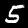
Label: 5